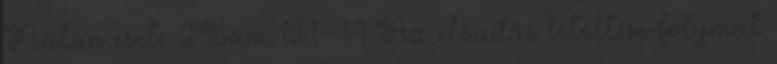
Nátán esete 2Sám 12:1- 14 Az előadás letöltése folymat